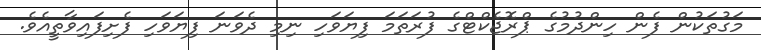
މަގުތަކުން ފެން ހިންދުމުގެ ޕްރޮޖެކްޓްގެ ފުރަތަމަ ފިޔަވަހި ނިމި ދެވަނަ ފިޔަވަހި ފެށިފައިވާތީއެވެ.